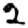
Digit: 2